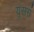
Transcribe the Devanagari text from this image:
यूसर्स